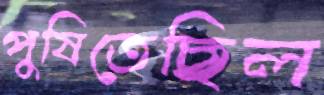
পুষিতেছিল